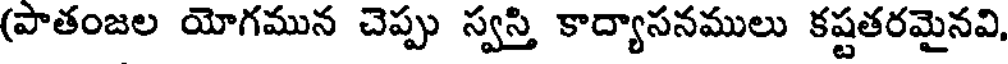
(పాతంజల యోగమున చెప్పు స్వస్తి కాద్యాసనములు కష్టతరమైనవి,